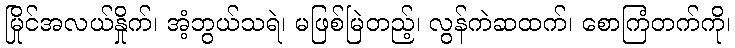
မြိုင်အလယ်နှိုက်၊ အံ့ဘွယ်သရဲ၊ မဖြစ်မြဲတည့်၊ လွန်ကဲဆထက်၊ စောကြံတက်ကို၊